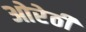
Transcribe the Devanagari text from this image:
ओरेठी